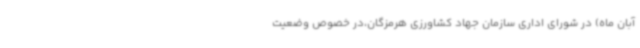
آبان ماه) در شورای اداری سازمان جهاد کشاورزی هرمزگان،در خصوص وضعیت